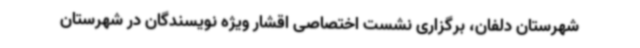
شهرستان دلفان، برگزاری نشست اختصاصی اقشار ویژه نویسندگان در شهرستان